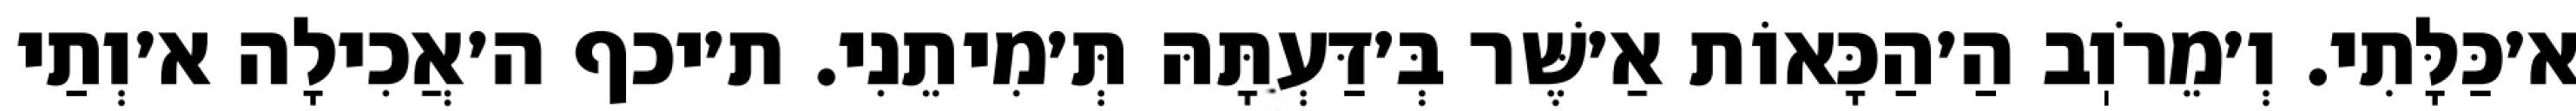
א׳כַּלָּתִי. וְ׳מֵרֹוֽב הַ׳הַכָּאוֹת אַ׳שֶּׁר בְּ׳דַּעְתָּהּ תְּ׳מִיתֵנִי. ת׳יכף ה׳אֲכִילָה א׳וְתַי